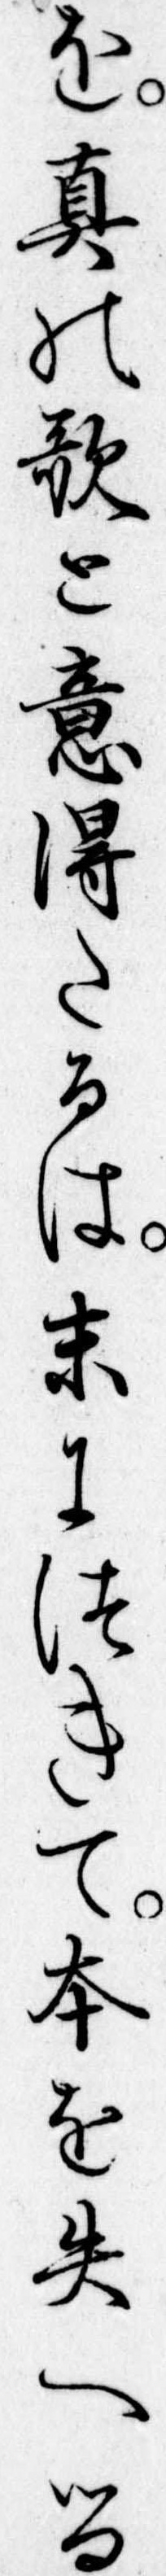
を真の歌と意得たるは末につきて本を失へる